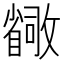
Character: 𫿛